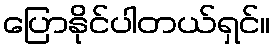
ပြောနိုင်ပါတယ်ရှင်။